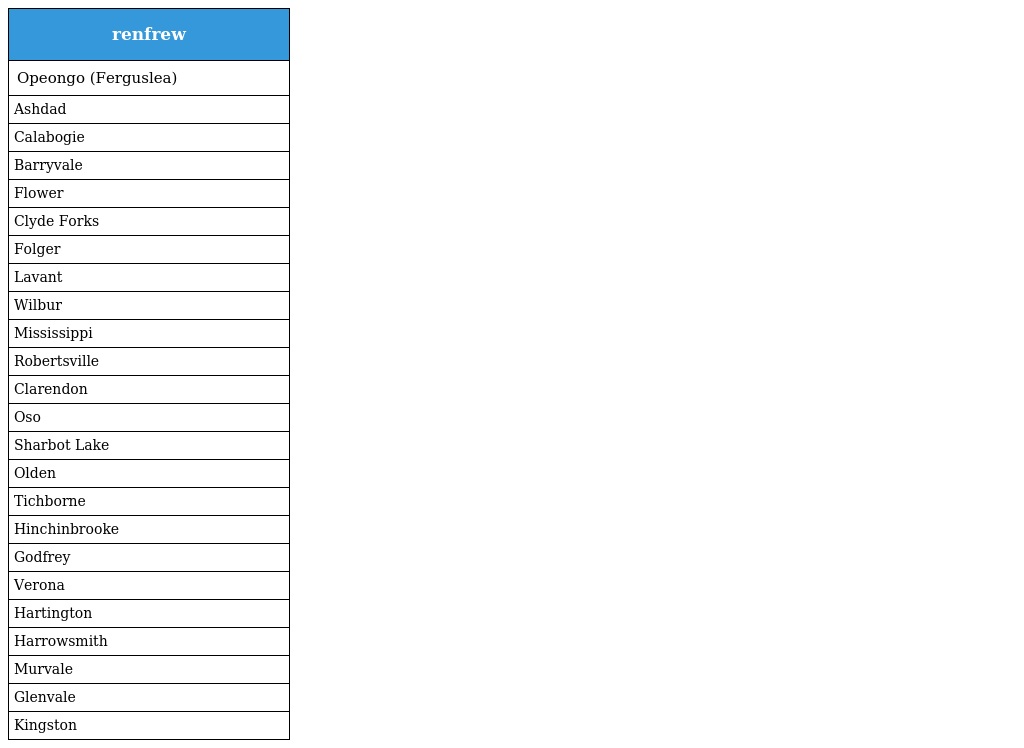
| renfrew |
 | --- |
 | Opeongo (Ferguslea) |
 | Ashdad |
 | Calabogie |
 | Barryvale |
 | Flower |
 | Clyde Forks |
 | Folger |
 | Lavant |
 | Wilbur |
 | Mississippi |
 | Robertsville |
 | Clarendon |
 | Oso |
 | Sharbot Lake |
 | Olden |
 | Tichborne |
 | Hinchinbrooke |
 | Godfrey |
 | Verona |
 | Hartington |
 | Harrowsmith |
 | Murvale |
 | Glenvale |
 | Kingston |